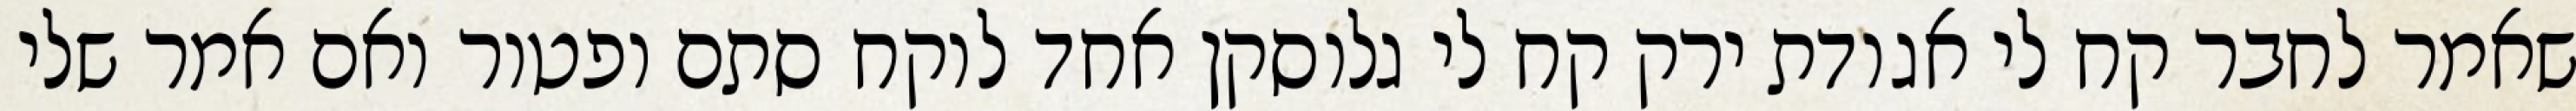
שאמר לחבר קח לי אגודת ירק קח לי גלוסקן אחד לוקח סתם ופטור ואם אמר שלי